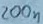
Text: 200n